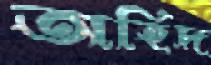
অহিদ